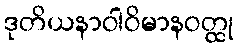
ဒုတိယနာဝါဝိမာနဝတ္ထု